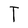
Character: I